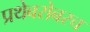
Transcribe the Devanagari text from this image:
प्रथेबरोबरच